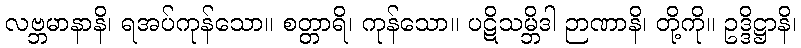
လဗ္ဘမာနာနိ၊ ရအပ်ကုန်သော။ စတ္တာရိ၊ ကုန်သော။ ပဋိသမ္ဘိဒါ ဉာဏာနိ၊ တို့ကို။ ဥဒ္ဒိဋ္ဌာနိ၊